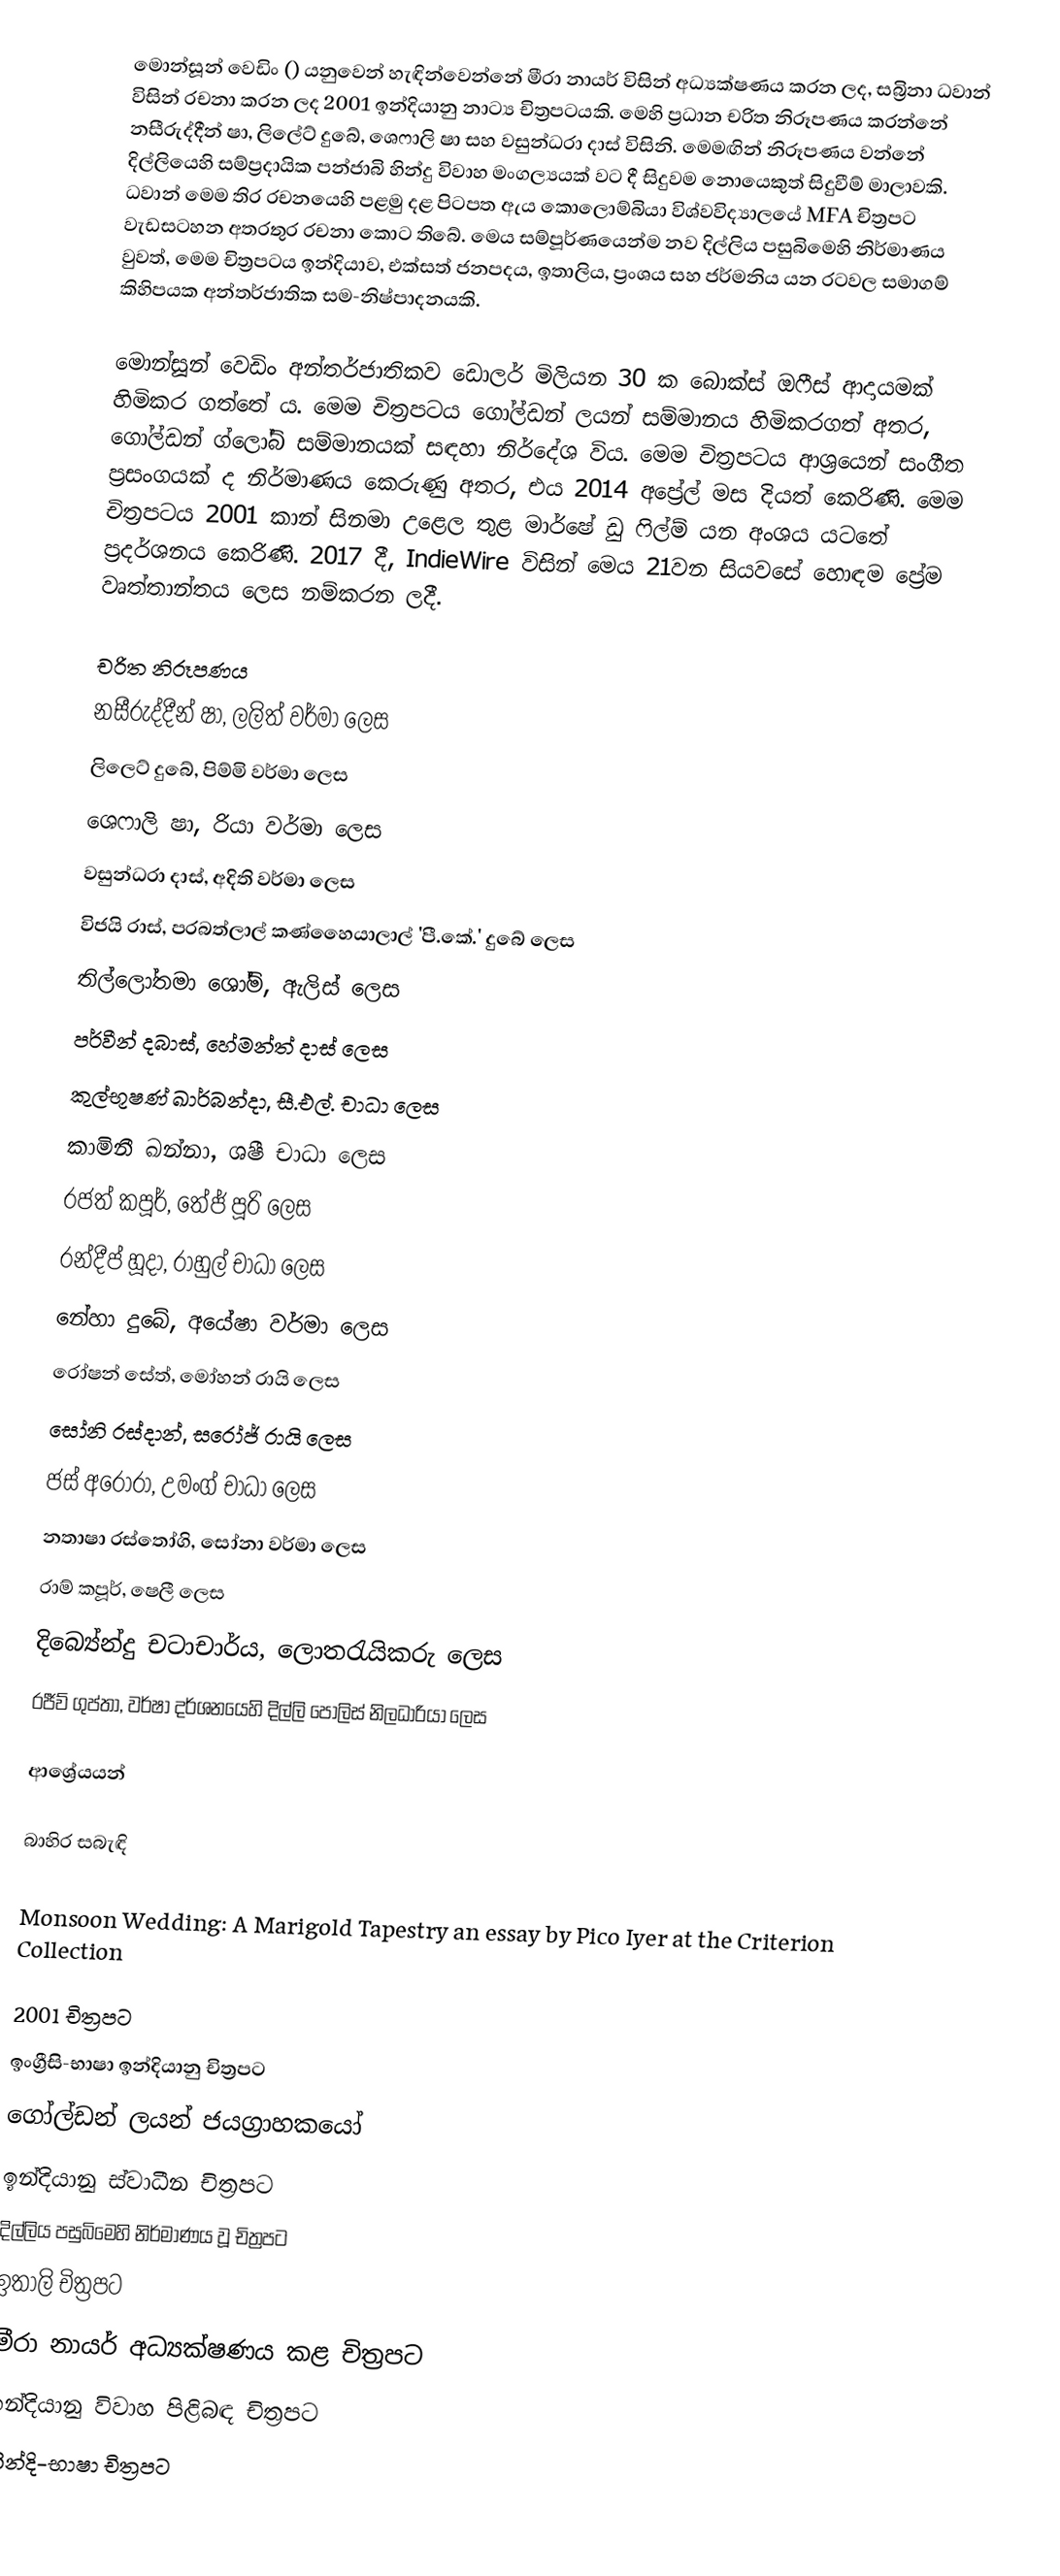
මොන්සූන් වෙඩිං () යනුවෙන් හැඳින්වෙන්නේ මීරා නායර් විසින් අධ්‍යක්ෂණය කරන ලද, සබ්‍රිනා ධවාන් විසින් රචනා කරන ලද 2001 ඉන්දියානු නාට්‍ය චිත්‍රපටයකි. මෙහි ප්‍රධාන චරිත නිරූපණය කරන්නේ නසීරුද්දීන් ෂා, ලිලේට් දුබේ, ශෙෆාලි ෂා සහ වසුන්ධරා දාස් විසිනි. මෙමඟින් නිරූපණය වන්නේ දිල්ලියෙහි සම්ප්‍රදායික පන්ජාබි හින්දු විවාහ මංගල්‍යයක් වට දී සිදුවම නොයෙකුත් සිදුවීම් මාලාවකි. ධවාන් මෙම තිර රචනයෙහි පළමු දළ පිටපත ඇය කොලොම්බියා විශ්වවිද්‍යාලයේ MFA චිත්‍රපට වැඩසටහන අතරතුර රචනා කොට තිබේ. මෙය සම්පූර්ණයෙන්ම නව දිල්ලිය පසුබිමෙහි නිර්මාණය වුවත්, මෙම චිත්‍රපටය ඉන්දියාව, එක්සත් ජනපදය, ඉතාලිය, ප්‍රංශය සහ ජර්මනිය යන රටවල සමාගම් කිහිපයක අන්තර්ජාතික සම-නිෂ්පාදනයකි.

මොන්සූන් වෙඩිං අන්තර්ජාතිකව ඩොලර් මිලියන 30 ක බොක්ස් ඔෆීස් ආදායමක් හිමිකර ගත්තේ ‍ය. මෙම චිත්‍රපටය ගෝල්ඩන් ලයන් සම්මානය හිමිකරගත් අතර, ගෝල්ඩන් ග්ලෝබ් සම්මානයක් සඳහා නිර්දේශ විය. මෙම චිත්‍රපටය ආශ්‍රයෙන් සංගීත ප්‍රසංගයක් ද නිර්මාණය කෙරුණු අතර, එය 2014 අප්‍රේල් මස දියත් කෙරිණි. මෙම චිත්‍රපටය 2001 කාන් සිනමා උළෙල තුළ මාර්ෂේ ඩු ෆිල්ම් ‍යන අංශය යටතේ ප්‍රදර්ශනය කෙරිණි. 2017 දී, IndieWire විසින් මෙය 21වන සියවසේ හොඳම ප්‍රේම වෘත්තාන්තය ලෙස නම්කරන ලදී.

චරිත නිරූපණය
 නසීරුද්දීන් ෂා, ලලිත් වර්මා ලෙස
 ලිලෙට් දුබේ, පිම්මි වර්මා ලෙස
 ශෙෆාලි ෂා, රියා වර්මා ලෙස
 වසුන්ධරා දාස්, අදිති වර්මා ලෙස
 විජයි රාස්, පරබත්ලාල් කණ්හෛයාලාල් 'පී.කේ.' දුබේ ලෙස
 තිල්ලෝතමා ශෝම්, ඇලිස් ලෙස
 පර්වීන් දබාස්, හේමන්ත් දාස් ලෙස
 කුල්භූෂණ් ඛාර්බන්දා, සී.එල්. චාධා ලෙස
 කාමිනී ඛන්නා, ශෂී චාධා ලෙස
 රජත් කපූර්, තේජ් පූරි ලෙස
 රන්දීප් හූදා, රාහුල් චාධා ලෙස
 නේහා දුබේ, අයේෂා වර්මා ලෙස
 රෝෂන් සේත්, මෝහන් රායි ලෙස
 සෝනි රස්දාන්, සරෝජ් රායි ලෙස
 ජස් අරෝරා, උමංග් චාධා ලෙස
 නතාෂා රස්තෝගි, සෝනා වර්මා ලෙස
 රාම් කපූර්, ෂෙලී ලෙස
 දිබ්‍යේන්දු චටාචාර්ය, ලොතරැයිකරු ලෙස
 රජීව් ගුප්තා, වර්ෂා දර්ශනයෙහි දිල්ලි පොලිස් නිලධාරියා ලෙස

ආශ්‍රේයයන්

බාහිර සබැඳි

Monsoon Wedding: A Marigold Tapestry an essay by Pico Iyer at the Criterion Collection

2001 චිත්‍රපට
ඉංග්‍රීසි-භාෂා ඉන්දියානු චිත්‍රපට
ගෝල්ඩන් ලයන් ජයග්‍රාහකයෝ
ඉන්දියානු ස්වාධීන චිත්‍රපට
දිල්ලිය පසුබිමෙහි නිර්මාණය වූ චිත්‍රපට
ඉතාලි චිත්‍රපට
මීරා නායර් අධ්‍යක්ෂණය කළ චිත්‍රපට
ඉන්දියානු විවාහ පිළිබඳ චිත්‍රපට
හින්දි-භාෂා චිත්‍රපට